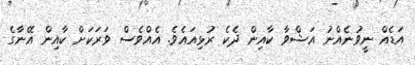
އަޑެއް ނީވުނެއްނު އަޝްވާ ކާއިން ދެކެ ރުޅިއައެވެ. އެއްވެސް ވަރަކަށް ކާއިން އޭނާގެ